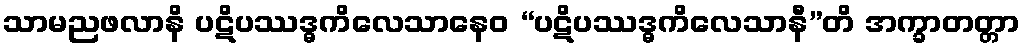
သာမညဖလာနိ ပဋိပဿဒ္ဓကိလေသာနေဝ “ပဋိပဿဒ္ဓကိလေသာနီ”တိ အက္ခာတတ္တာ